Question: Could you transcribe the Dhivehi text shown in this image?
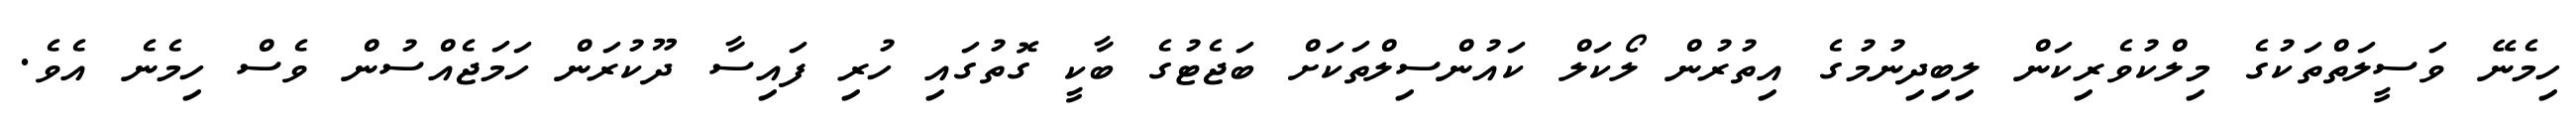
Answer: ހިމެނޭ ވަސީލަތްތަކުގެ މިލްކުވެރިކަން ލިބިދިނުމުގެ އިތުރުން ލޯކަލް ކައުންސިލްތަކަށް ބަޖެޓުގެ ބާކީ ގޮތުގައި ހުރި ފައިސާ ދޫކުރަން ހަމަޖެއްސުން ވެސް ހިމެނެ އެވެ.